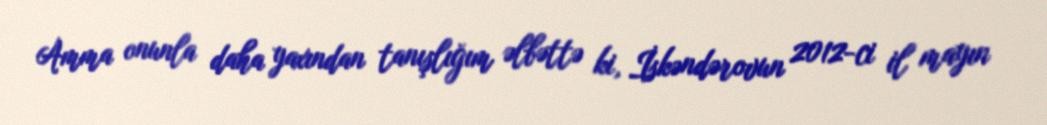
Amma onunla daha yaxından tanışlığım əlbəttə ki, İskəndərovun 2012-ci il mayın